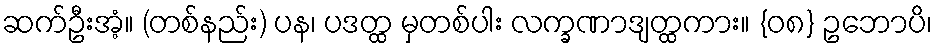
ဆက်ဦးအံ့။ (တစ်နည်း) ပန၊ ပဒတ္ထ မှတစ်ပါး လက္ခဏာဒျတ္ထကား။ {၀၈} ဥဘောပိ၊